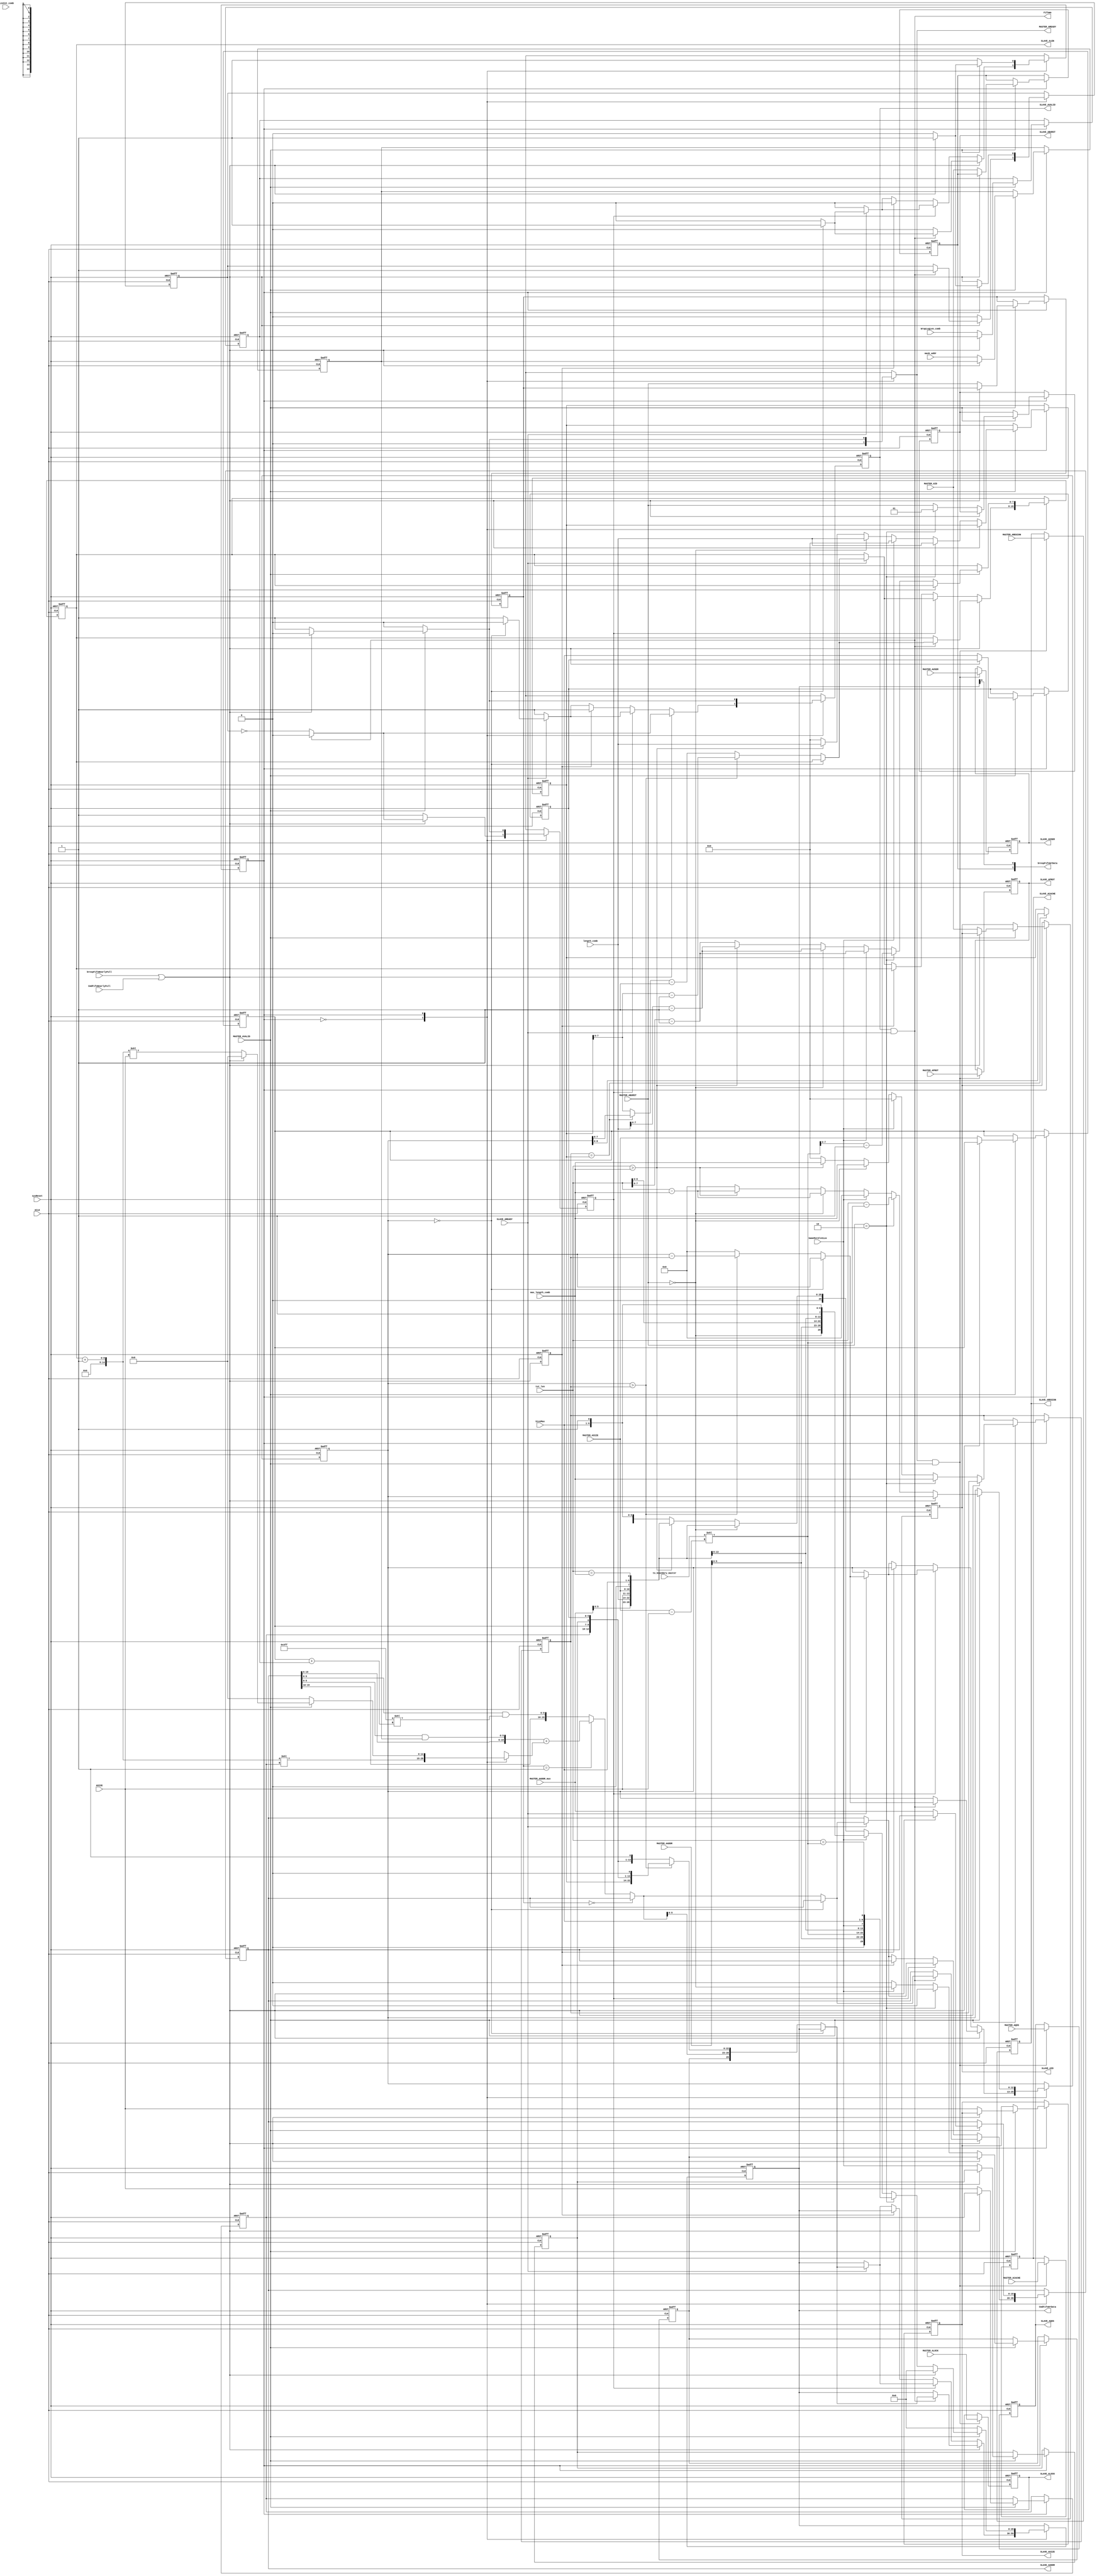
///////////////////////////////////////////////////////////////////////////////////////////////////
// Company: MICROSEMI
//
// IP Core: COREAXI4INTERCONNECT
//
//  Description  : The AMBA AXI4 Interconnect core connects one or more AXI memory-mapped master devices to one or
//                 more memory-mapped slave devices. The AMBA AXI protocol supports high-performance, high-frequency
//                 system designs.
//
//  COPYRIGHT 2017 BY MICROSEMI 
//  THE INFORMATION CONTAINED IN THIS DOCUMENT IS SUBJECT TO LICENSING RESTRICTIONS 
//  FROM MICROSEMI CORP.  IF YOU ARE NOT IN POSSESSION OF WRITTEN AUTHORIZATION FROM 
//  MICROSEMI FOR USE OF THIS FILE, THEN THE FILE SHOULD BE IMMEDIATELY DESTROYED AND 
//  NO BACK-UP OF THE FILE SHOULD BE MADE. 
//
//
/////////////////////////////////////////////////////////////////////////////////////////////////// 
 
module caxi4interconnect_DWC_DownConv_CmdFifoWriteCtrl (
                                      //  input ports
                                      ACLK,
                                      sysReset,
                                      MASTER_AVALID,
                                      MASTER_AID,
                                      MASTER_AADDR,
                                      MASTER_ABURST,
                                      MASTER_ACACHE,
                                      MASTER_ALOCK,
                                      MASTER_ASIZE,
                                      MASTER_APROT,
                                      MASTER_AQOS,
                                      MASTER_AREGION,
                                      MASTER_AUSER,
                                      SLAVE_AREADY,
                                      CmdFifoNearlyFull,
                                      brespFifoNearlyFull,
                                      to_boundary_master,
                                      mask_addr,
                                      ASIZE,
                                      tot_len,
                                      max_length_comb,
                                      length_comb,
                                      WrapLogLen_comb,
                                      SizeMax,
                                      SameMstSlvSize,
                                      sizeCnt_comb,
                                      MASTER_AADDR_mux,
 
                                      //  output ports
                                      MASTER_AREADY,
                                      SLAVE_ALEN,
                                      SLAVE_AVALID,
                                      SLAVE_AID,
                                      SLAVE_AADDR,
                                      SLAVE_ABURST,
                                      SLAVE_ACACHE,
                                      SLAVE_ALOCK,
                                      SLAVE_ASIZE,
                                      SLAVE_APROT,
                                      SLAVE_AQOS,
                                      SLAVE_AREGION,
                                      SLAVE_AUSER,
                                      FifoWe,
                                      CmdFifoWrData,
                                      brespFifoWrData
                                      );
 
   parameter        ADDR_WIDTH            = 20;
   parameter        ID_WIDTH              = 1;
   parameter        USER_WIDTH            = 1;
   parameter        DATA_WIDTH_IN         = 32;
   parameter        DATA_WIDTH_OUT        = 32;
   parameter        CMD_FIFO_DATA_WIDTH   = 30;   
   parameter        READ_INTERLEAVE       = 1;
   parameter        TOTAL_IDS             = (2 ** ID_WIDTH);
//  input ports
   input            ACLK;
   wire             ACLK;
   input            sysReset;
   wire             sysReset;
   input            MASTER_AVALID;
   wire             MASTER_AVALID;
   input     [ID_WIDTH - 1:0] MASTER_AID;
   wire      [ID_WIDTH - 1:0] MASTER_AID;
   input     [ADDR_WIDTH - 1:0] MASTER_AADDR;
   wire      [ADDR_WIDTH - 1:0] MASTER_AADDR;
   input     [1:0]  MASTER_ABURST;
   wire      [1:0]  MASTER_ABURST;
   input     [3:0]  MASTER_ACACHE;
   wire      [3:0]  MASTER_ACACHE;
   input     [1:0]  MASTER_ALOCK;
   wire      [1:0]  MASTER_ALOCK;
   input     [2:0]  MASTER_ASIZE;
   wire      [2:0]  MASTER_ASIZE;
   input     [2:0]  MASTER_APROT;
   wire      [2:0]  MASTER_APROT;
   input     [3:0]  MASTER_AQOS;
   wire      [3:0]  MASTER_AQOS;
   input     [3:0]  MASTER_AREGION;
   wire      [3:0]  MASTER_AREGION;
   input     [USER_WIDTH - 1:0] MASTER_AUSER;
   wire      [USER_WIDTH - 1:0] MASTER_AUSER;
   input            SLAVE_AREADY;
   wire             SLAVE_AREADY;
//   input     [TOTAL_IDS-1:0] CmdFifoNearlyFull;
//   wire      [TOTAL_IDS-1:0] CmdFifoNearlyFull;
   input            CmdFifoNearlyFull;
   wire             CmdFifoNearlyFull;
   input            brespFifoNearlyFull;
   wire             brespFifoNearlyFull;
   input     [4:0]  to_boundary_master;
   wire      [4:0]  to_boundary_master;
   input     [5:0]  mask_addr;
   wire      [5:0]  mask_addr;
   input     [2:0]  ASIZE;
   wire      [2:0]  ASIZE;
   input     [12:0] tot_len;
   wire      [12:0] tot_len;
   input     [8:0]  max_length_comb;
   wire      [8:0]  max_length_comb;
   input     [8:0]  length_comb;
   wire      [8:0]  length_comb;
   input     [2:0]  WrapLogLen_comb;
   wire      [2:0]  WrapLogLen_comb;
   input     [5:0]  SizeMax;
   wire      [5:0]  SizeMax;
   input            SameMstSlvSize;
   wire             SameMstSlvSize;
   input     [5:0]  sizeCnt_comb;
   wire      [5:0]  sizeCnt_comb;
   input     [ADDR_WIDTH - 1:0] MASTER_AADDR_mux;
   wire      [ADDR_WIDTH - 1:0] MASTER_AADDR_mux;
//  output ports
   output           MASTER_AREADY;
   reg              MASTER_AREADY;
   output    [7:0]  SLAVE_ALEN;
   reg       [7:0]  SLAVE_ALEN;
   output           SLAVE_AVALID;
   reg              SLAVE_AVALID;
   output    [ID_WIDTH - 1:0] SLAVE_AID;
   reg       [ID_WIDTH - 1:0] SLAVE_AID;
   output    [ADDR_WIDTH - 1:0] SLAVE_AADDR;
   reg       [ADDR_WIDTH - 1:0] SLAVE_AADDR;
   output    [1:0]  SLAVE_ABURST;
   reg       [1:0]  SLAVE_ABURST;
   output    [3:0]  SLAVE_ACACHE;
   reg       [3:0]  SLAVE_ACACHE;
   output    [1:0]  SLAVE_ALOCK;
   reg       [1:0]  SLAVE_ALOCK;
   output    [2:0]  SLAVE_ASIZE;
   reg       [2:0]  SLAVE_ASIZE;
   output    [2:0]  SLAVE_APROT;
   reg       [2:0]  SLAVE_APROT;
   output    [3:0]  SLAVE_AQOS;
   reg       [3:0]  SLAVE_AQOS;
   output    [3:0]  SLAVE_AREGION;
   reg       [3:0]  SLAVE_AREGION;
   output    [USER_WIDTH - 1:0] SLAVE_AUSER;
   reg       [USER_WIDTH - 1:0] SLAVE_AUSER;
   output           FifoWe;
   wire             FifoWe;
   output    [CMD_FIFO_DATA_WIDTH - 1:0] CmdFifoWrData;
   reg       [CMD_FIFO_DATA_WIDTH - 1:0] CmdFifoWrData;
   output    [ID_WIDTH:0] brespFifoWrData;
   wire      [ID_WIDTH:0] brespFifoWrData;
//  local signals
   reg       [14:0] incr_addr;
   wire      [ADDR_WIDTH - 1:0] next_addr;
   reg       [12:0] len_latched;
   reg       [8:0]  max_length;
   wire      [1:0]  FIXED;
   wire      [1:0]  INCR;
   wire      [1:0]  WRAP;
   wire      [ADDR_WIDTH - 1:0] aligned_addr;
   reg       [2:0]  ASIZE_reg;
   reg       [2:0]  MASTER_ASIZE_reg;
   reg              SameMstSlvSize_reg;
   reg       [5:0]  SizeMax_reg;
   wire             addr_phase_accept;
   reg              fixed_flag;
   wire      [ADDR_WIDTH - 1:0] wrap_addr;
   wire      [9:0]  mask_wrap_addr;
   reg       [2:0]  WrapLogLen_reg;
   reg       [1:0]  MASTER_ABURST_reg;
   wire      [3:0]  wrap_mask_shift;
   reg       [ID_WIDTH - 1:0] MASTER_AID_reg;
   reg       [5:0]  sizeCnt_reg;
//   reg       [TOTAL_IDS-1:0] FifoNearlyFull_reg;
//   wire      [TOTAL_IDS-1:0] FifoNearlyFull;
   reg              FifoNearlyFull_reg;
   wire             FifoNearlyFull;
   reg       [8:0]  length;
   wire      [14:0] SLAVE_ALEN_P1;
   reg              full_flag;
   reg              tx_in_progress;
   wire      [8:0]  to_boundary_conv;
   wire      [7:0]  tot_axi_len;
   reg       [5:0]  mask_addr_reg;
 
   parameter SEND_TRANS  = 1'b0,
             WAIT_AVALID = 1'b1;
 
 
   reg [0:0] visual_CmdFifoWriteCtrl_current, visual_CmdFifoWriteCtrl_next;
 
   reg       [7:0]  visual_SLAVE_ALEN_next;
   reg              visual_SLAVE_AVALID_next;
   reg       [ID_WIDTH-1:0] visual_SLAVE_AID_next;
   reg       [ADDR_WIDTH - 1:0] visual_SLAVE_AADDR_next;
   reg       [1:0]  visual_SLAVE_ABURST_next;
   reg       [2:0]  visual_SLAVE_ASIZE_next;
   reg       [CMD_FIFO_DATA_WIDTH - 1:0] visual_CmdFifoWrData_next;
   reg       [12:0] visual_len_latched_next;
   reg       [8:0]  visual_max_length_next;
   reg       [2:0]  visual_ASIZE_reg_next;
   reg       [2:0]  visual_MASTER_ASIZE_reg_next;
   reg              visual_SameMstSlvSize_reg_next;
   reg       [5:0]  visual_SizeMax_reg_next;
   reg              visual_fixed_flag_next;
   reg       [2:0]  visual_WrapLogLen_reg_next;
   reg       [1:0]  visual_MASTER_ABURST_reg_next;
   reg       [ID_WIDTH - 1:0] visual_MASTER_AID_reg_next;
   reg       [5:0]  visual_sizeCnt_reg_next;
   reg       [8:0]  visual_length_next;
   reg              visual_full_flag_next;
   reg              visual_tx_in_progress_next;
   reg       [5:0]  visual_mask_addr_reg_next;
 
 
   // Combinational process
   always@ (*)
   //always  @(SLAVE_ALEN or SLAVE_AVALID or SLAVE_AADDR or SLAVE_ABURST or SLAVE_ASIZE or CmdFifoWrData or len_latched or max_length or ASIZE_reg or MASTER_ASIZE_reg or SameMstSlvSize_reg or
   //          SizeMax_reg or fixed_flag or WrapLogLen_reg or MASTER_ABURST_reg or MASTER_AID_reg or sizeCnt_reg or length or full_flag or tx_in_progress or mask_addr_reg or SLAVE_ALEN_P1 or
   //          FifoNearlyFull or FifoWe or next_addr or SLAVE_AREADY or FifoNearlyFull_reg or MASTER_AVALID or ASIZE or MASTER_AADDR_mux or MASTER_ASIZE or MASTER_ABURST or SizeMax or SameMstSlvSize or
   //          WrapLogLen_comb or MASTER_AID or sizeCnt_comb or mask_addr or WRAP or to_boundary_conv or tot_len or INCR or MASTER_AADDR or max_length_comb or length_comb or FIXED or tot_axi_len or
   //          visual_CmdFifoWriteCtrl_current)
   begin : CmdFifoWriteCtrl_comb
      MASTER_AREADY <= 1'b0;
      visual_SLAVE_ALEN_next <= SLAVE_ALEN;
      visual_SLAVE_AVALID_next <= SLAVE_AVALID;
      visual_SLAVE_AID_next <= SLAVE_AID;
      visual_SLAVE_AADDR_next <= SLAVE_AADDR;
      visual_SLAVE_ABURST_next <= SLAVE_ABURST;
      visual_SLAVE_ASIZE_next <= SLAVE_ASIZE;
      visual_CmdFifoWrData_next <= CmdFifoWrData;
      visual_len_latched_next <= len_latched;
      visual_max_length_next <= max_length;
      visual_ASIZE_reg_next <= ASIZE_reg;
      visual_MASTER_ASIZE_reg_next <= MASTER_ASIZE_reg;
      visual_SameMstSlvSize_reg_next <= SameMstSlvSize_reg;
      visual_SizeMax_reg_next <= SizeMax_reg;
      visual_fixed_flag_next <= fixed_flag;
      visual_WrapLogLen_reg_next <= WrapLogLen_reg;
      visual_MASTER_ABURST_reg_next <= MASTER_ABURST_reg;
      visual_MASTER_AID_reg_next <= MASTER_AID_reg;
      visual_sizeCnt_reg_next <= sizeCnt_reg;
      visual_length_next <= length;
      visual_full_flag_next <= full_flag;
      visual_tx_in_progress_next <= tx_in_progress;
      visual_mask_addr_reg_next <= mask_addr_reg;
 
 
 
      case (visual_CmdFifoWriteCtrl_current)
         SEND_TRANS:
            begin
               MASTER_AREADY <= 1'b0;
               incr_addr <= ((SLAVE_ALEN_P1) << ASIZE_reg);
               if (FifoNearlyFull)
               begin
                  if (FifoWe)
                  begin
                     visual_full_flag_next <= 1'b1;
                     visual_SLAVE_AVALID_next <= 1'b0;
                     visual_tx_in_progress_next <= 1'b0;
                     if (len_latched == 0)
                     begin
                        visual_CmdFifoWriteCtrl_next <= WAIT_AVALID;
                     end
                     else
                     begin
                        visual_SLAVE_AADDR_next <= next_addr;
                        if (len_latched > max_length)
                        begin
                           visual_SLAVE_ALEN_next <= length - 1;
                           visual_len_latched_next <= len_latched - max_length;
                           visual_CmdFifoWrData_next <= {sizeCnt_reg, MASTER_AID_reg, fixed_flag, next_addr[5:0], length, ASIZE_reg, MASTER_ASIZE_reg, SameMstSlvSize_reg, SizeMax_reg, 1'b0};
                           visual_CmdFifoWriteCtrl_next <= SEND_TRANS;
                        end
                        else
                        begin
                           visual_SLAVE_ALEN_next <= ((max_length == length) ? len_latched : length) - 1;
                           visual_len_latched_next <= 0;
                           visual_CmdFifoWrData_next <= {sizeCnt_reg, MASTER_AID_reg, fixed_flag, next_addr[5:0], ((max_length == length) ? len_latched[8:0] : length), ASIZE_reg, MASTER_ASIZE_reg,
                                                  SameMstSlvSize_reg, SizeMax_reg, 1'b1};
                           visual_CmdFifoWriteCtrl_next <= SEND_TRANS;
                        end
                     end
                  end
                  else
                  begin
                     visual_SLAVE_AVALID_next <= ~(full_flag);
                     visual_tx_in_progress_next <= ~(full_flag);
                     visual_CmdFifoWriteCtrl_next <= SEND_TRANS;
                  end
               end
               else
               begin
                  visual_full_flag_next <= 1'b0;
                  visual_SLAVE_AVALID_next <= 1'b1;
                  visual_tx_in_progress_next <= 1'b1;
                  if (tx_in_progress)
                  begin
                     if (SLAVE_AREADY)
                     begin
                        if (len_latched == 0)
                        begin
                           visual_SLAVE_AVALID_next <= 0;
                           visual_CmdFifoWriteCtrl_next <= WAIT_AVALID;
                        end
                        else
                        begin
                           visual_SLAVE_AADDR_next <= next_addr;
                           if (len_latched > max_length)
                           begin
                              visual_SLAVE_ALEN_next <= length - 1;
                              visual_len_latched_next <= len_latched - max_length;
                              visual_CmdFifoWrData_next <= {sizeCnt_reg, MASTER_AID_reg, fixed_flag, next_addr[5:0], length, ASIZE_reg, MASTER_ASIZE_reg, SameMstSlvSize_reg, SizeMax_reg, 1'b0};
                              visual_CmdFifoWriteCtrl_next <= SEND_TRANS;
                           end
                           else
                           begin
                              visual_SLAVE_ALEN_next <= ((max_length == length) ? len_latched : length) - 1;
                              visual_len_latched_next <= 0;
                              visual_CmdFifoWrData_next <= {sizeCnt_reg, MASTER_AID_reg, fixed_flag, next_addr[5:0], ((max_length == length) ? len_latched[8:0] : length), ASIZE_reg, MASTER_ASIZE_reg,
                                                  SameMstSlvSize_reg, SizeMax_reg, 1'b1};
                              visual_CmdFifoWriteCtrl_next <= SEND_TRANS;
                           end
                        end
                     end
                     else
                     begin
                        visual_CmdFifoWriteCtrl_next <= SEND_TRANS;
                     end
                  end
                  else if (FifoNearlyFull_reg)
                  begin
                     visual_CmdFifoWriteCtrl_next <= SEND_TRANS;
                  end
                  else if (SLAVE_AREADY)
                  begin
                     if (len_latched == 0)
                     begin
                        visual_SLAVE_AVALID_next <= 0;
                        visual_CmdFifoWriteCtrl_next <= WAIT_AVALID;
                     end
                     else
                     begin
                        visual_SLAVE_AADDR_next <= next_addr;
                        if (len_latched > max_length)
                        begin
                           visual_SLAVE_ALEN_next <= length - 1;
                           visual_len_latched_next <= len_latched - max_length;
                           visual_CmdFifoWrData_next <= {sizeCnt_reg, MASTER_AID_reg, fixed_flag, next_addr[5:0], length, ASIZE_reg, MASTER_ASIZE_reg, SameMstSlvSize_reg, SizeMax_reg, 1'b0};
                           visual_CmdFifoWriteCtrl_next <= SEND_TRANS;
                        end
                        else
                        begin
                           visual_SLAVE_ALEN_next <= ((max_length == length) ? len_latched : length) - 1;
                           visual_len_latched_next <= 0;
                           visual_CmdFifoWrData_next <= {sizeCnt_reg, MASTER_AID_reg, fixed_flag, next_addr[5:0], ((max_length == length) ? len_latched[8:0] : length), ASIZE_reg, MASTER_ASIZE_reg,
                                                  SameMstSlvSize_reg, SizeMax_reg, 1'b1};
                           visual_CmdFifoWriteCtrl_next <= SEND_TRANS;
                        end
                     end
                  end
                  else
                  begin
                     visual_CmdFifoWriteCtrl_next <= SEND_TRANS;
                  end
               end
            end
 
         WAIT_AVALID:
            begin
               if (MASTER_AVALID)
               begin
                  if (FifoNearlyFull)
                  begin
                     visual_CmdFifoWrData_next <= 0;
                     visual_SLAVE_AVALID_next <= 0;
                     visual_full_flag_next <= FifoNearlyFull;
                     visual_tx_in_progress_next <= 1'b0;
                     MASTER_AREADY <= 1'b0;
                     incr_addr <= 0;
                     visual_CmdFifoWriteCtrl_next <= WAIT_AVALID;
                  end
                  else
                  begin
                     visual_full_flag_next <= 1'b0;
                     visual_tx_in_progress_next <= 1'b1;
                     visual_SLAVE_ASIZE_next <= ASIZE;
					 visual_SLAVE_AID_next <= MASTER_AID;
                     visual_SLAVE_AADDR_next <= MASTER_AADDR_mux;
                     visual_SLAVE_AVALID_next <= 1;
                     MASTER_AREADY <= 1'b1;
                     visual_ASIZE_reg_next <= ASIZE;
                     visual_MASTER_ASIZE_reg_next <= MASTER_ASIZE;
                     visual_MASTER_ABURST_reg_next <= MASTER_ABURST;
                     visual_SizeMax_reg_next <= SizeMax;
                     visual_SameMstSlvSize_reg_next <= SameMstSlvSize;
                     visual_WrapLogLen_reg_next <= WrapLogLen_comb;
                     visual_MASTER_AID_reg_next <= MASTER_AID;
                     visual_sizeCnt_reg_next <= sizeCnt_comb;
                     incr_addr <= ((SLAVE_ALEN_P1) << ASIZE);
                     visual_mask_addr_reg_next <= mask_addr;
                     if (MASTER_ABURST == WRAP)
                     begin
                        visual_SLAVE_ALEN_next <= to_boundary_conv - 1;
                        visual_len_latched_next <= tot_len - to_boundary_conv;
                        visual_fixed_flag_next <= 1'b0;
                        visual_SLAVE_ABURST_next <= INCR;
                        visual_CmdFifoWrData_next <= {sizeCnt_comb, MASTER_AID, 1'b0, MASTER_AADDR[5:0], to_boundary_conv, ASIZE, MASTER_ASIZE, SameMstSlvSize, SizeMax, (tot_len == to_boundary_conv)};
                        visual_max_length_next <= max_length_comb;
                        visual_length_next <= length_comb;
                        visual_CmdFifoWriteCtrl_next <= SEND_TRANS;
                     end
                     else if (SameMstSlvSize)
                     begin
                        visual_fixed_flag_next <= (MASTER_ABURST == FIXED);
                        visual_len_latched_next <= 0;
                        visual_SLAVE_ALEN_next <= tot_axi_len;
                        visual_SLAVE_ABURST_next <= MASTER_ABURST;
                        visual_CmdFifoWrData_next <= {sizeCnt_comb, MASTER_AID, (MASTER_ABURST == FIXED), MASTER_AADDR[5:0], tot_len[8:0], ASIZE, MASTER_ASIZE, SameMstSlvSize, SizeMax, 1'b1};
                        visual_max_length_next <= 9'h0;
                        visual_length_next <= 9'h0;
                        visual_CmdFifoWriteCtrl_next <= SEND_TRANS;
                     end
                     else
                     begin
                        visual_fixed_flag_next <= 1'b0;
                        if (MASTER_ABURST == FIXED)
                        begin
                           visual_SLAVE_ALEN_next <= length_comb - 1;
                           visual_len_latched_next <= tot_len - max_length_comb;
                           visual_SLAVE_ABURST_next <= MASTER_ABURST;
                           visual_CmdFifoWrData_next <= {sizeCnt_comb, MASTER_AID, 1'b0, MASTER_AADDR_mux[5:0], length_comb, ASIZE, MASTER_ASIZE, SameMstSlvSize, SizeMax, (tot_len == max_length_comb)}
                                                  ;
                           visual_max_length_next <= max_length_comb;
                           visual_length_next <= length_comb;
                           visual_CmdFifoWriteCtrl_next <= SEND_TRANS;
                        end
                        else if (tot_len > max_length_comb)
                        begin
                           visual_SLAVE_ALEN_next <= length_comb - 1;
                           visual_len_latched_next <= tot_len - max_length_comb;
                           visual_SLAVE_ABURST_next <= MASTER_ABURST;
                           visual_CmdFifoWrData_next <= {sizeCnt_comb, MASTER_AID, 1'b0, MASTER_AADDR_mux[5:0], length_comb, ASIZE, MASTER_ASIZE, SameMstSlvSize, SizeMax, (tot_len == max_length_comb)}
                                                  ;
                           visual_max_length_next <= max_length_comb;
                           visual_length_next <= length_comb;
                           visual_CmdFifoWriteCtrl_next <= SEND_TRANS;
                        end
                        else
                        begin
                           visual_len_latched_next <= 0;
                           visual_SLAVE_ALEN_next <= tot_axi_len;
                           visual_SLAVE_ABURST_next <= MASTER_ABURST;
                           visual_CmdFifoWrData_next <= {sizeCnt_comb, MASTER_AID, (MASTER_ABURST == FIXED), MASTER_AADDR[5:0], tot_len[8:0], ASIZE, MASTER_ASIZE, SameMstSlvSize, SizeMax, 1'b1};
                           visual_max_length_next <= 9'h0;
                           visual_length_next <= 9'h0;
                           visual_CmdFifoWriteCtrl_next <= SEND_TRANS;
                        end
                     end
                  end
               end
               else
               begin
                  visual_CmdFifoWrData_next <= 0;
                  visual_SLAVE_AVALID_next <= 0;
                  visual_full_flag_next <= FifoNearlyFull;
                  visual_tx_in_progress_next <= 1'b0;
                  MASTER_AREADY <= 1'b0;
                  incr_addr <= 0;
                  visual_CmdFifoWriteCtrl_next <= WAIT_AVALID;
               end
            end
 
         default:
            begin
               visual_CmdFifoWriteCtrl_next <= WAIT_AVALID;
            end
      endcase
   end
 
   always  @(posedge ACLK or negedge sysReset)
   begin : CmdFifoWriteCtrl
 
      if (!sysReset)
      begin
         SLAVE_ASIZE <= 0;
         SLAVE_AADDR <= 0;
         SLAVE_AVALID <= 0;
         ASIZE_reg <= 0;
         MASTER_ASIZE_reg <= 0;
         MASTER_ABURST_reg <= 0;
         SizeMax_reg <= 0;
         SameMstSlvSize_reg <= 0;
         WrapLogLen_reg <= 0;
         len_latched <= 0;
         SLAVE_ALEN <= 0;
         SLAVE_ABURST <= 0;
         CmdFifoWrData <= 0;
         max_length <= 0;
         fixed_flag <= 0;
         MASTER_AID_reg <= 0;
         sizeCnt_reg <= 0;
		 length <= 9'd0;
         full_flag <= 1'b0;
         tx_in_progress <= 1'b0;
         mask_addr_reg <= 0;
         visual_CmdFifoWriteCtrl_current <= WAIT_AVALID;
      end
      else
      begin
         SLAVE_ALEN <= visual_SLAVE_ALEN_next;
         SLAVE_AVALID <= visual_SLAVE_AVALID_next;
         SLAVE_AADDR <= visual_SLAVE_AADDR_next;
         SLAVE_ABURST <= visual_SLAVE_ABURST_next;
         SLAVE_ASIZE <= visual_SLAVE_ASIZE_next;
         CmdFifoWrData <= visual_CmdFifoWrData_next;
         len_latched <= visual_len_latched_next;
         max_length <= visual_max_length_next;
         ASIZE_reg <= visual_ASIZE_reg_next;
         MASTER_ASIZE_reg <= visual_MASTER_ASIZE_reg_next;
         SameMstSlvSize_reg <= visual_SameMstSlvSize_reg_next;
         SizeMax_reg <= visual_SizeMax_reg_next;
         fixed_flag <= visual_fixed_flag_next;
         WrapLogLen_reg <= visual_WrapLogLen_reg_next;
         MASTER_ABURST_reg <= visual_MASTER_ABURST_reg_next;
         MASTER_AID_reg <= visual_MASTER_AID_reg_next;
         sizeCnt_reg <= visual_sizeCnt_reg_next;
         length <= visual_length_next;
         full_flag <= visual_full_flag_next;
         tx_in_progress <= visual_tx_in_progress_next;
         mask_addr_reg <= visual_mask_addr_reg_next;
         visual_CmdFifoWriteCtrl_current <= visual_CmdFifoWriteCtrl_next;
      end
   end
 
 
 
   always
      @( posedge ACLK or negedge sysReset )
   begin   :AChan_unchanged_sigs
 
      if (!sysReset)
      begin
         SLAVE_ALOCK <= 0;
         SLAVE_APROT <= 0;
         SLAVE_AUSER <= 0;
         SLAVE_AREGION <= 0;
         SLAVE_AQOS <= 0;
         SLAVE_ACACHE <= 0;
      end
      else
      begin
         if (addr_phase_accept)
         begin
            SLAVE_ALOCK <= MASTER_ALOCK;
            SLAVE_APROT <= MASTER_APROT;
            SLAVE_AUSER <= MASTER_AUSER;
            SLAVE_AREGION <= MASTER_AREGION;
            SLAVE_AQOS <= MASTER_AQOS;
            SLAVE_ACACHE <= MASTER_ACACHE;
         end
      end
   end
 
 
 
   always
      @( posedge ACLK or negedge sysReset )
   begin   :CmdFifoFull_register
 
      if (!sysReset)
      begin
         FifoNearlyFull_reg <= 0;
      end
      else
      begin
         FifoNearlyFull_reg <= FifoNearlyFull;
      end
   end
 
   // force the slave to process transaction in order. It reduces the memory resources required in the converters
   //assign SLAVE_AID = READ_INTERLEAVE ? MASTER_AID : {ID_WIDTH{1'b0}} ;
   
   always  @(posedge ACLK or negedge sysReset)
     begin
       if (!sysReset)
	     SLAVE_AID <= {ID_WIDTH{1'b0}};
	   else if(READ_INTERLEAVE)
         SLAVE_AID   <= visual_SLAVE_AID_next;
	   else  
	     SLAVE_AID   <= {ID_WIDTH{1'b0}};
     end
 
   assign SLAVE_ALEN_P1 = SLAVE_ALEN + 1;
   assign wrap_mask_shift = (MASTER_ASIZE_reg+WrapLogLen_reg);
   assign mask_wrap_addr = (10'h3ff << wrap_mask_shift);
   assign wrap_addr = {SLAVE_AADDR[ADDR_WIDTH-1:10], (SLAVE_AADDR[9:0] & mask_wrap_addr)};
 
   // next address computation.
   // FIXED burst: address unchanged
   // INCR burst: address incremented by the number of byte written during the burst
   // WRAP burst: align the address to the lower wrap boundary
   assign next_addr = (MASTER_ABURST_reg == FIXED) ? SLAVE_AADDR:
       ((MASTER_ABURST_reg == INCR) ? (aligned_addr + incr_addr) : wrap_addr);
 
   assign aligned_addr = {SLAVE_AADDR[ADDR_WIDTH-1:6], (SLAVE_AADDR[5:0] & mask_addr_reg)};
 
   assign FIXED = 2'b00;
   assign INCR = 2'b01;
   assign WRAP = 2'b10;
 
   assign addr_phase_accept = MASTER_AREADY & MASTER_AVALID;
 
   assign FifoWe = SLAVE_AVALID & SLAVE_AREADY;
   assign brespFifoWrData = {MASTER_AID_reg, CmdFifoWrData[0]};
 
   assign FifoNearlyFull = (brespFifoNearlyFull | CmdFifoNearlyFull);
 
   assign tot_axi_len = tot_len - 1;
   assign to_boundary_conv = to_boundary_master << (MASTER_ASIZE-ASIZE);
 
 
endmodule